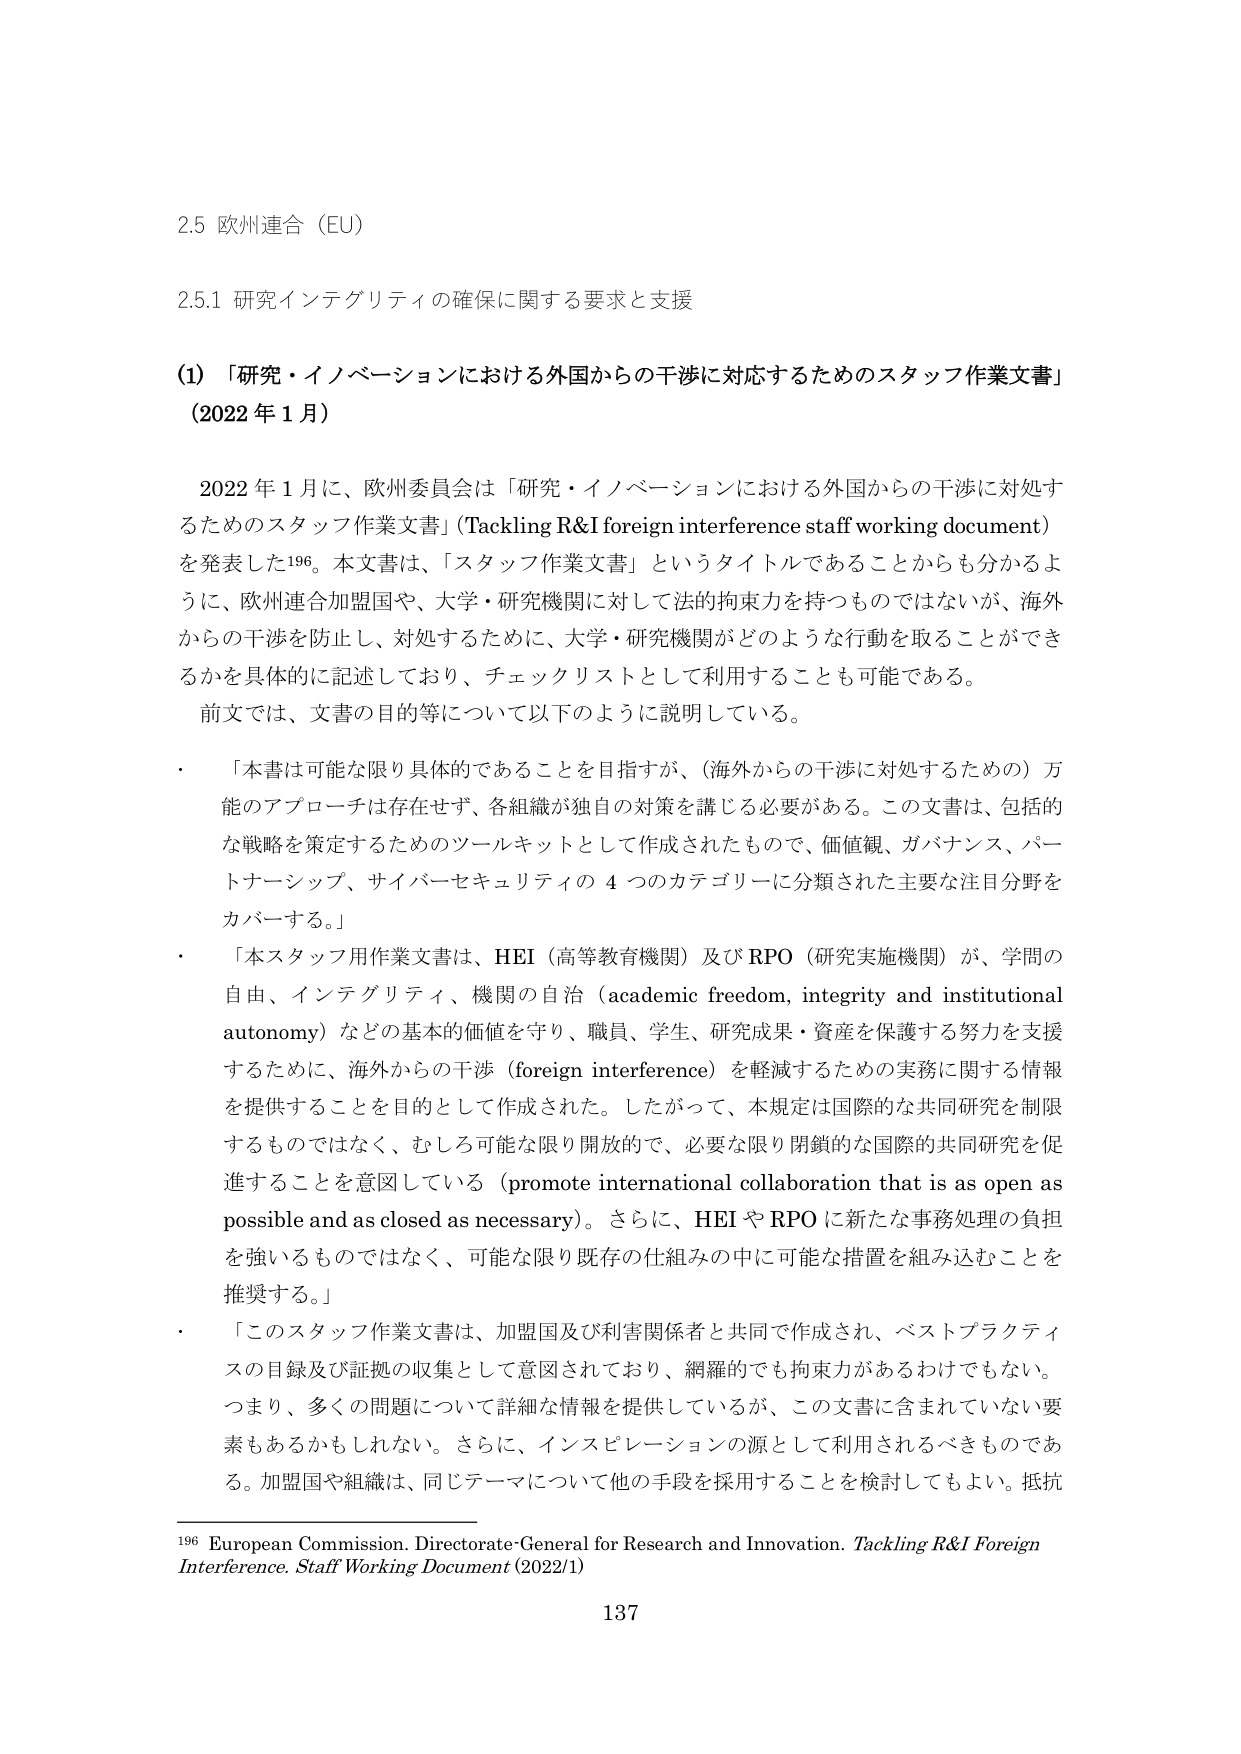
2.5 欧州連合（EU）

2.5.1 研究インテグリティの確保に関する要求と支援

(1) 「研究・イノベーションにおける外国からの干渉に対応するためのスタッフ作業文書」
（2022年1月）

　2022年1月に、欧州委員会は「研究・イノベーションにおける外国からの干渉に対処するためのスタッフ作業文書」（Tackling R&I foreign interference staff working document）を発表した196。本文書は、「スタッフ作業文書」というタイトルであることからも分かるように、欧州連合加盟国や、大学・研究機関に対して法的拘束力を持つものではないが、海外からの干渉を防止し、対処するために、大学・研究機関がどのような行動を取ることができるかを具体的に記述しており、チェックリストとして利用することも可能である。
　前文では、文書の目的等について以下のように説明している。

・　「本書は可能な限り具体的であることを目指すが、（海外からの干渉に対処するための）万能のアプローチは存在せず、各組織が独自の対策を講じる必要がある。この文書は、包括的な戦略を策定するためのツールキットとして作成されたもので、価値観、ガバナンス、パートナーシップ、サイバーセキュリティの4つのカテゴリーに分類された主要な注目分野をカバーする。」

・　「本スタッフ用作業文書は、HEI（高等教育機関）及びRPO（研究実施機関）が、学問の自由、インテグリティ、機関の自治（academic freedom, integrity and institutional autonomy）などの基本的価値を守り、職員、学生、研究成果・資産を保護する努力を支援するために、海外からの干渉（foreign interference）を軽減するための実務に関する情報を提供することを目的として作成された。したがって、本規定は国際的な共同研究を制限するものではなく、むしろ可能な限り開放的で、必要な限り閉鎖的な国際的共同研究を促進することを意図している（promote international collaboration that is as open as possible and as closed as necessary）。さらに、HEIやRPOに新たな事務処理の負担を強いるものではなく、可能な限り既存の仕組みの中に可能な措置を組み込むことを推奨する。」

・　「このスタッフ作業文書は、加盟国及び利害関係者と共同で作成され、ベストプラクティスの目録及び証拠の収集として意図されており、網羅的でも拘束力があるわけでもない。つまり、多くの問題について詳細な情報を提供しているが、この文書に含まれていない要素もあるかもしれない。さらに、インスピレーションの源として利用されるべきものである。加盟国や組織は、同じテーマについて他の手段を採用することを検討してもよい。抵抗

196 European Commission. Directorate-General for Research and Innovation. Tackling R&I Foreign Interference. Staff Working Document (2022/1)

137